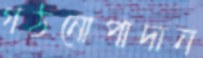
গঠনোপাদান